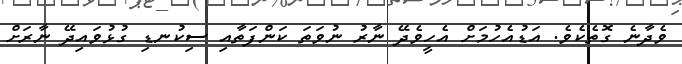
ވެދާނެ ގޮތެކެވެ. އަޑުއެހުމަށް އެހީވެދޭ ނާރު ނުވަތަ ކަންފަތާއި ސިކުނޑި ގުޅުވައިދޭ ނާރަށް